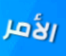
الأمر